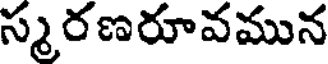
స్మరణరూవమున